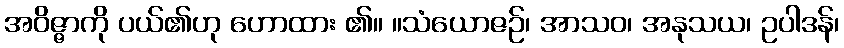
အဝိဇ္ဇာကို ပယ်၏ဟု ဟောထား ၏။ ။သံယောဇဉ်၊ အာသဝ၊ အနုသယ၊ ဥပါဒန်၊